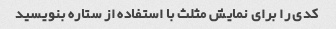
کدی را برای نمایش مثلث با استفاده از ستاره بنویسید